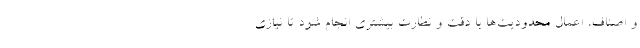
و اصناف، اعمال محدودیت‌ها با دقت و نظارت بیشتری انجام شود تا نیازی